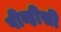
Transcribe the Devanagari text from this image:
पीव्हीसी